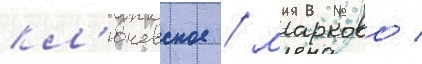
кл'ючевское / марково /